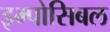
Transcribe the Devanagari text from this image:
इम्पोसिबल